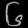
Digit: ၆